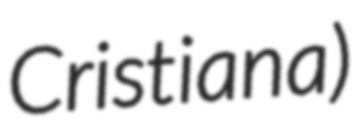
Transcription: Cristiana)